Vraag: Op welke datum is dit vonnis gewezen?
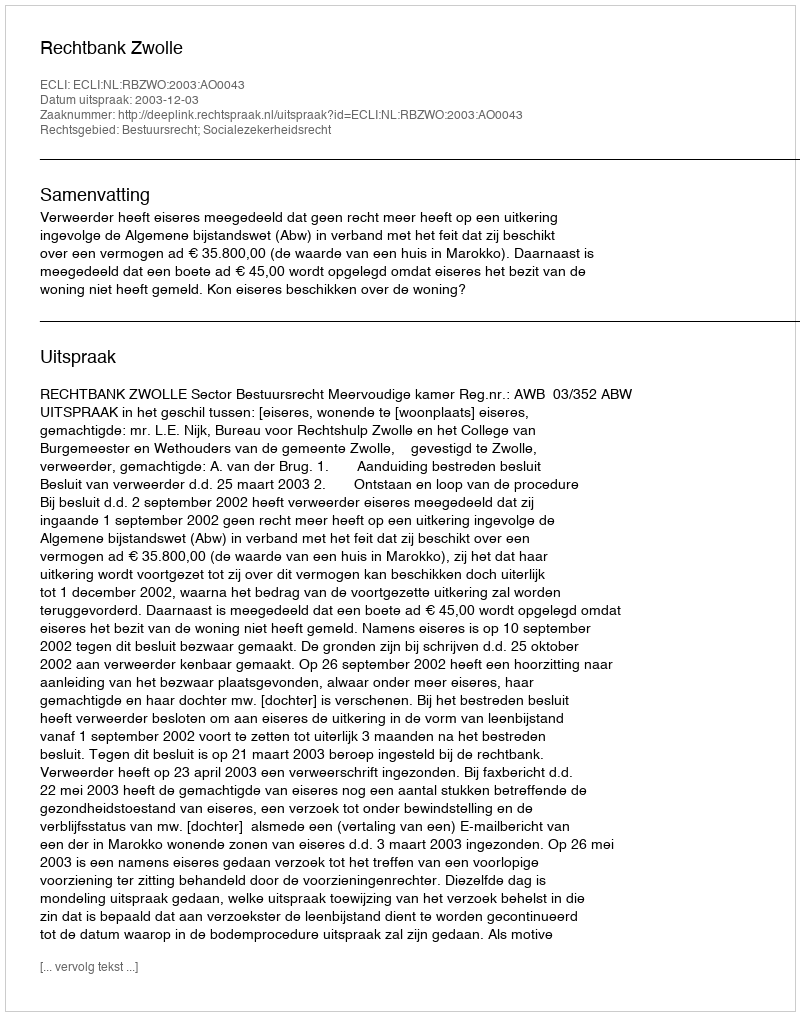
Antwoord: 2003-12-03